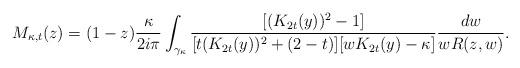
LaTeX: \begin{align*}M_{\kappa,t}(z) &= (1-z) \frac{\kappa}{2i\pi}\int_{\gamma_{\kappa}} \frac{[(K_{2t}(y))^2-1]}{[t(K_{2t}(y))^2 + (2-t)][wK_{2t}(y) - \kappa]}\frac{dw}{wR(z,w)}.\end{align*}